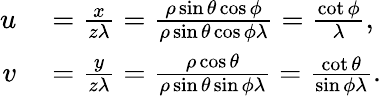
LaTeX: \begin{array}{rl}{u}&{{}=\frac{x}{z\lambda}=\frac{\rho\sin{\theta}\cos{\phi}}{\rho\sin{\theta}\cos{\phi}\lambda}=\frac{\cot{\phi}}{\lambda},}\\ {v}&{{}=\frac{y}{z\lambda}=\frac{\rho\cos{\theta}}{\rho\sin{\theta}\sin{\phi}\lambda}=\frac{\cot{\theta}}{\sin{\phi}\lambda}.}\end{array}